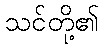
သင်တို့၏